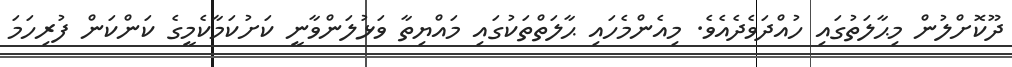
ދޫކޮށްލުން މިޙާލަތުގައި ހުއްދަވެދެއެވެ. މިއެންމެހައި ޙާލަތްތަކުގައި މައްޔިތާ ވަޅުލަންވާނީ ކަށުކަމާކެމީގެ ކަންކަން ފުރިހަމަ